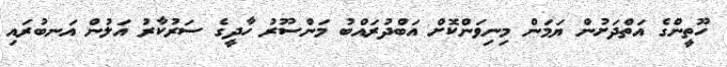
ހޫތީންގެ އަތްދަށުން ޔަމަން މިނިވަންކޮށް އަބްދުރައްބު މަންސޫރު ހާދީގެ ސަރުކާރު އަލުން އަނބުރައި